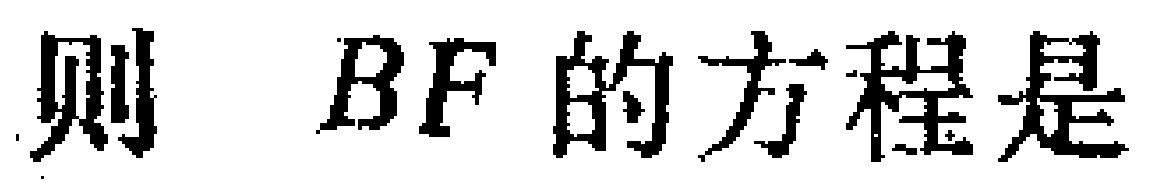
则 \(BF\) 的方程是